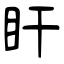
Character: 盰